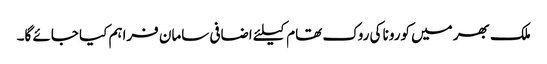
ملک بھر میں کورونا کی روک تھام کیلئے اضافی سامان فراہم کیا جائے گا۔